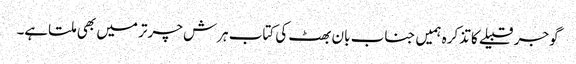
گوجر قبیلے کا تذکرہ ہمیں جناب بان بھٹ کی کتاب ہرش چرتر میں بھی ملتاہے۔